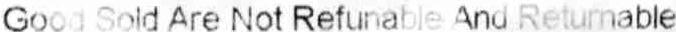
GOOD SOLD ARE NOT REFUNABLE AND RETURNABLE